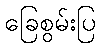
ခြေစွမ်းပြ